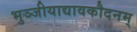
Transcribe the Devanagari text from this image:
भुञ्जीयाद्यावकौदनम्